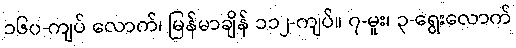
၁၆၀-ကျပ် လောက်၊ မြန်မာချိန် ၁၁၂-ကျပ်။ ၇-မူး၊ ၃-ရွေးလောက်